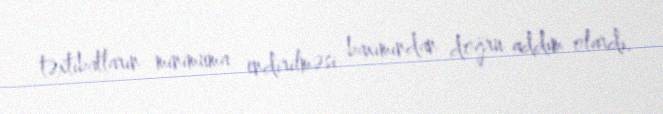
təxtibatların minimuma endirilməsi baxımından doğru addım olardı.